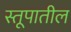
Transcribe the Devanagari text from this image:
स्तूपातील